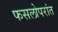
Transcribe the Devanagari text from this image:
फसलोपरांत